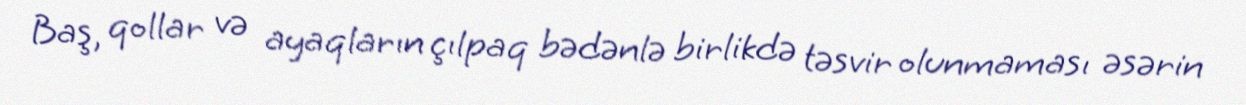
Baş, qollar və ayaqların çılpaq bədənlə birlikdə təsvir olunmaması əsərin